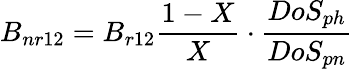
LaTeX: B_{nr12}=B_{r12}\frac{1-X}{X}\cdot\frac{DoS_{ph}}{DoS_{pn}}